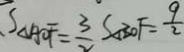
S _ { \Delta A O F } = \frac { 3 } { 2 } S _ { \Delta B O F } = \frac { 9 } { 2 }